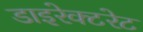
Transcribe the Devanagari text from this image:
डाइरेक्टरेट